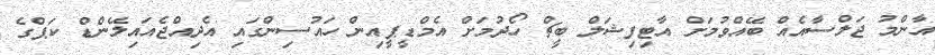
އާންމު ޖަލްސާއެއް ބޭއްވުމަށް އާޓިފިޝަލް ބީޗް ހޯދުމަށް އެމްޑީޕީއިން ހައުސިންގައި އެދިއްޖެއައިލޭންޑް ކަޕްގެ